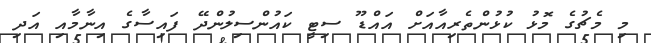
މި މެޗުގެ މޮޅު ކުޅުންތެރިއާއަށް އައްޑޫ ސިޓީ ކައުންސިލުންދޭ ފައިސާގެ އިނާމާއި އަދި